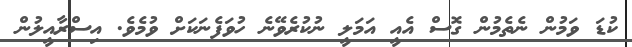
ކުޑަ ވަމުން ނެތެމުން ގޮސް އެއީ އަމަލީ ނުކުރެވޭނެ ހުވަފެނަކަށް ވުމެވެ. އިސްރާއީލުން